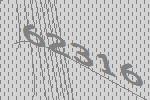
62316